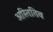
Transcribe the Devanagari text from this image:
अस्तितिव